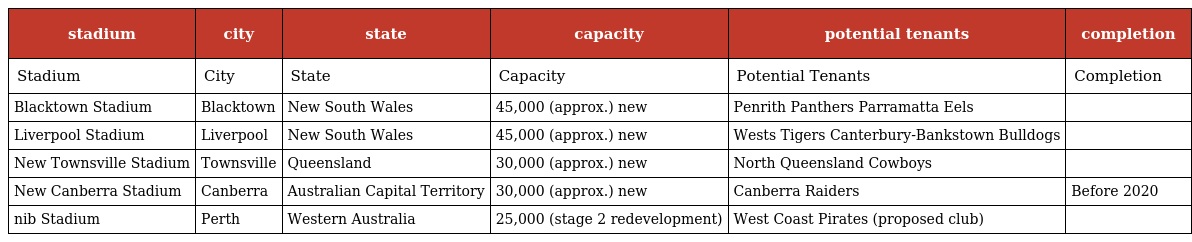
| stadium | city | state | capacity | potential tenants | completion |
 | --- | --- | --- | --- | --- | --- |
 | Stadium | City | State | Capacity | Potential Tenants | Completion |
 | Blacktown Stadium | Blacktown | New South Wales | 45,000 (approx.) new | Penrith Panthers Parramatta Eels |  |
 | Liverpool Stadium | Liverpool | New South Wales | 45,000 (approx.) new | Wests Tigers Canterbury-Bankstown Bulldogs |  |
 | New Townsville Stadium | Townsville | Queensland | 30,000 (approx.) new | North Queensland Cowboys |  |
 | New Canberra Stadium | Canberra | Australian Capital Territory | 30,000 (approx.) new | Canberra Raiders | Before 2020 |
 | nib Stadium | Perth | Western Australia | 25,000 (stage 2 redevelopment) | West Coast Pirates (proposed club) |  |